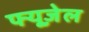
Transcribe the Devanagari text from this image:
फ्यूज़ेल